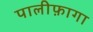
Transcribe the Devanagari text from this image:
पालीफ़ागा